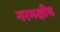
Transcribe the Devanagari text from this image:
नरभक्षीय